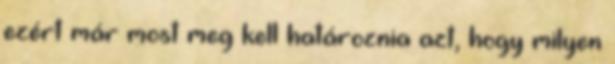
ezért már most meg kell határoznia azt, hogy milyen